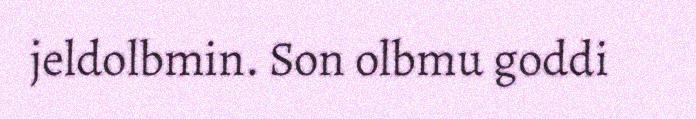
jeldolbmin. Son olbmu goddi